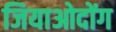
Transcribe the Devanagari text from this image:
जियाओदोंग